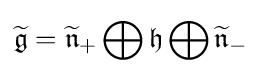
{\widetilde {\mathfrak {g}}}={\widetilde {\mathfrak {n}}}_{+}\bigoplus {\mathfrak {h}}\bigoplus {\widetilde {\mathfrak {n}}}_{-}